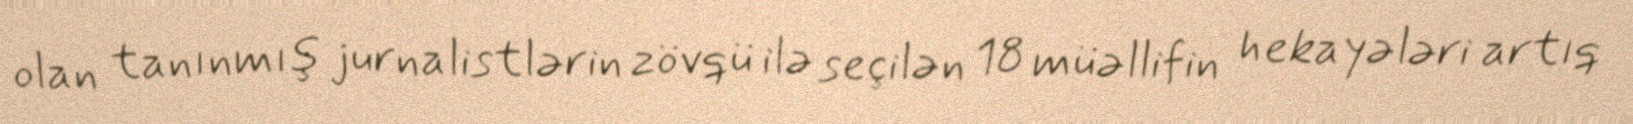
olan tanınmış jurnalistlərin zövqü ilə seçilən 18 müəllifin hekayələri artıq